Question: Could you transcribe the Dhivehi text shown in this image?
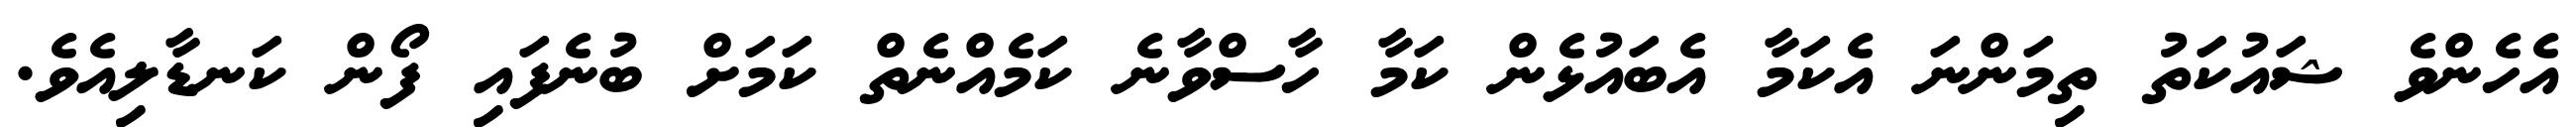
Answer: އެހެންވެ ޝައުކަތު ތިމަންނަ އެކަމާ އެބައުޅެން ކަމާ ހާސްވާނެ ކަމެއްނެތް ކަމަށް ބުނެފައި ފޯން ކަނޑާލިއެވެ.